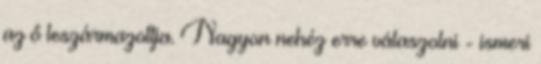
az ő leszármazottja. Nagyon nehéz erre válaszolni - ismeri